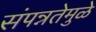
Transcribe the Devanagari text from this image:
संपन्नतेमुळे